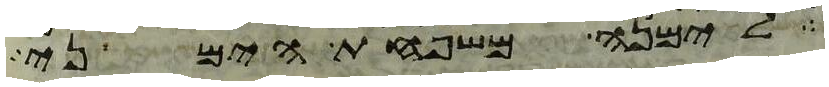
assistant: לימנה משפחת הימני